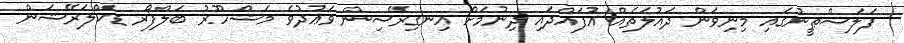
ފަލަސްޠީނުގައި މިނިވަން ދައުލަތެއް އުފައްދައި ދިނުމަށް އިނގިރޭސިން ވަޢުދުވެ މަޝްހޫރު ބަލްފޯރ ޑެކްލަރޭޝަން